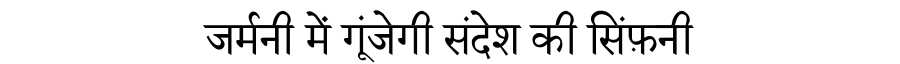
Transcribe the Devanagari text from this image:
जर्मनी में गूंजेगी संदेश की सिंफ़नी